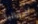
أستراليا